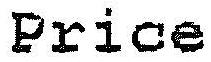
PRICE